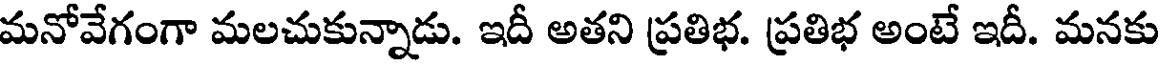
మనోవేగంగా మలచుకున్నాడు. ఇదీ అతని ప్రతిభ. ప్రతిభ అంటే ఇదీ. మనకు